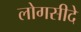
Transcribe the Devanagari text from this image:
लोगसीदे